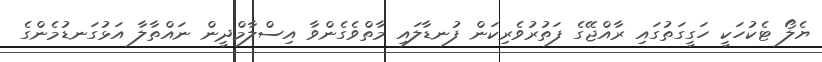
ޔެލޯ ޓެކުހަކީ ހަގީގަތުގައި ރާއްޖޭގެ ފަތުރުވެރިކަން ފުނޑާލައި މާތްވެގެންވާ އިސްލާމްދީން ނައްތާލާ އަޅުގަނޑުމެންގެ